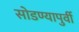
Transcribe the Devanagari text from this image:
सोडण्यापुर्वी